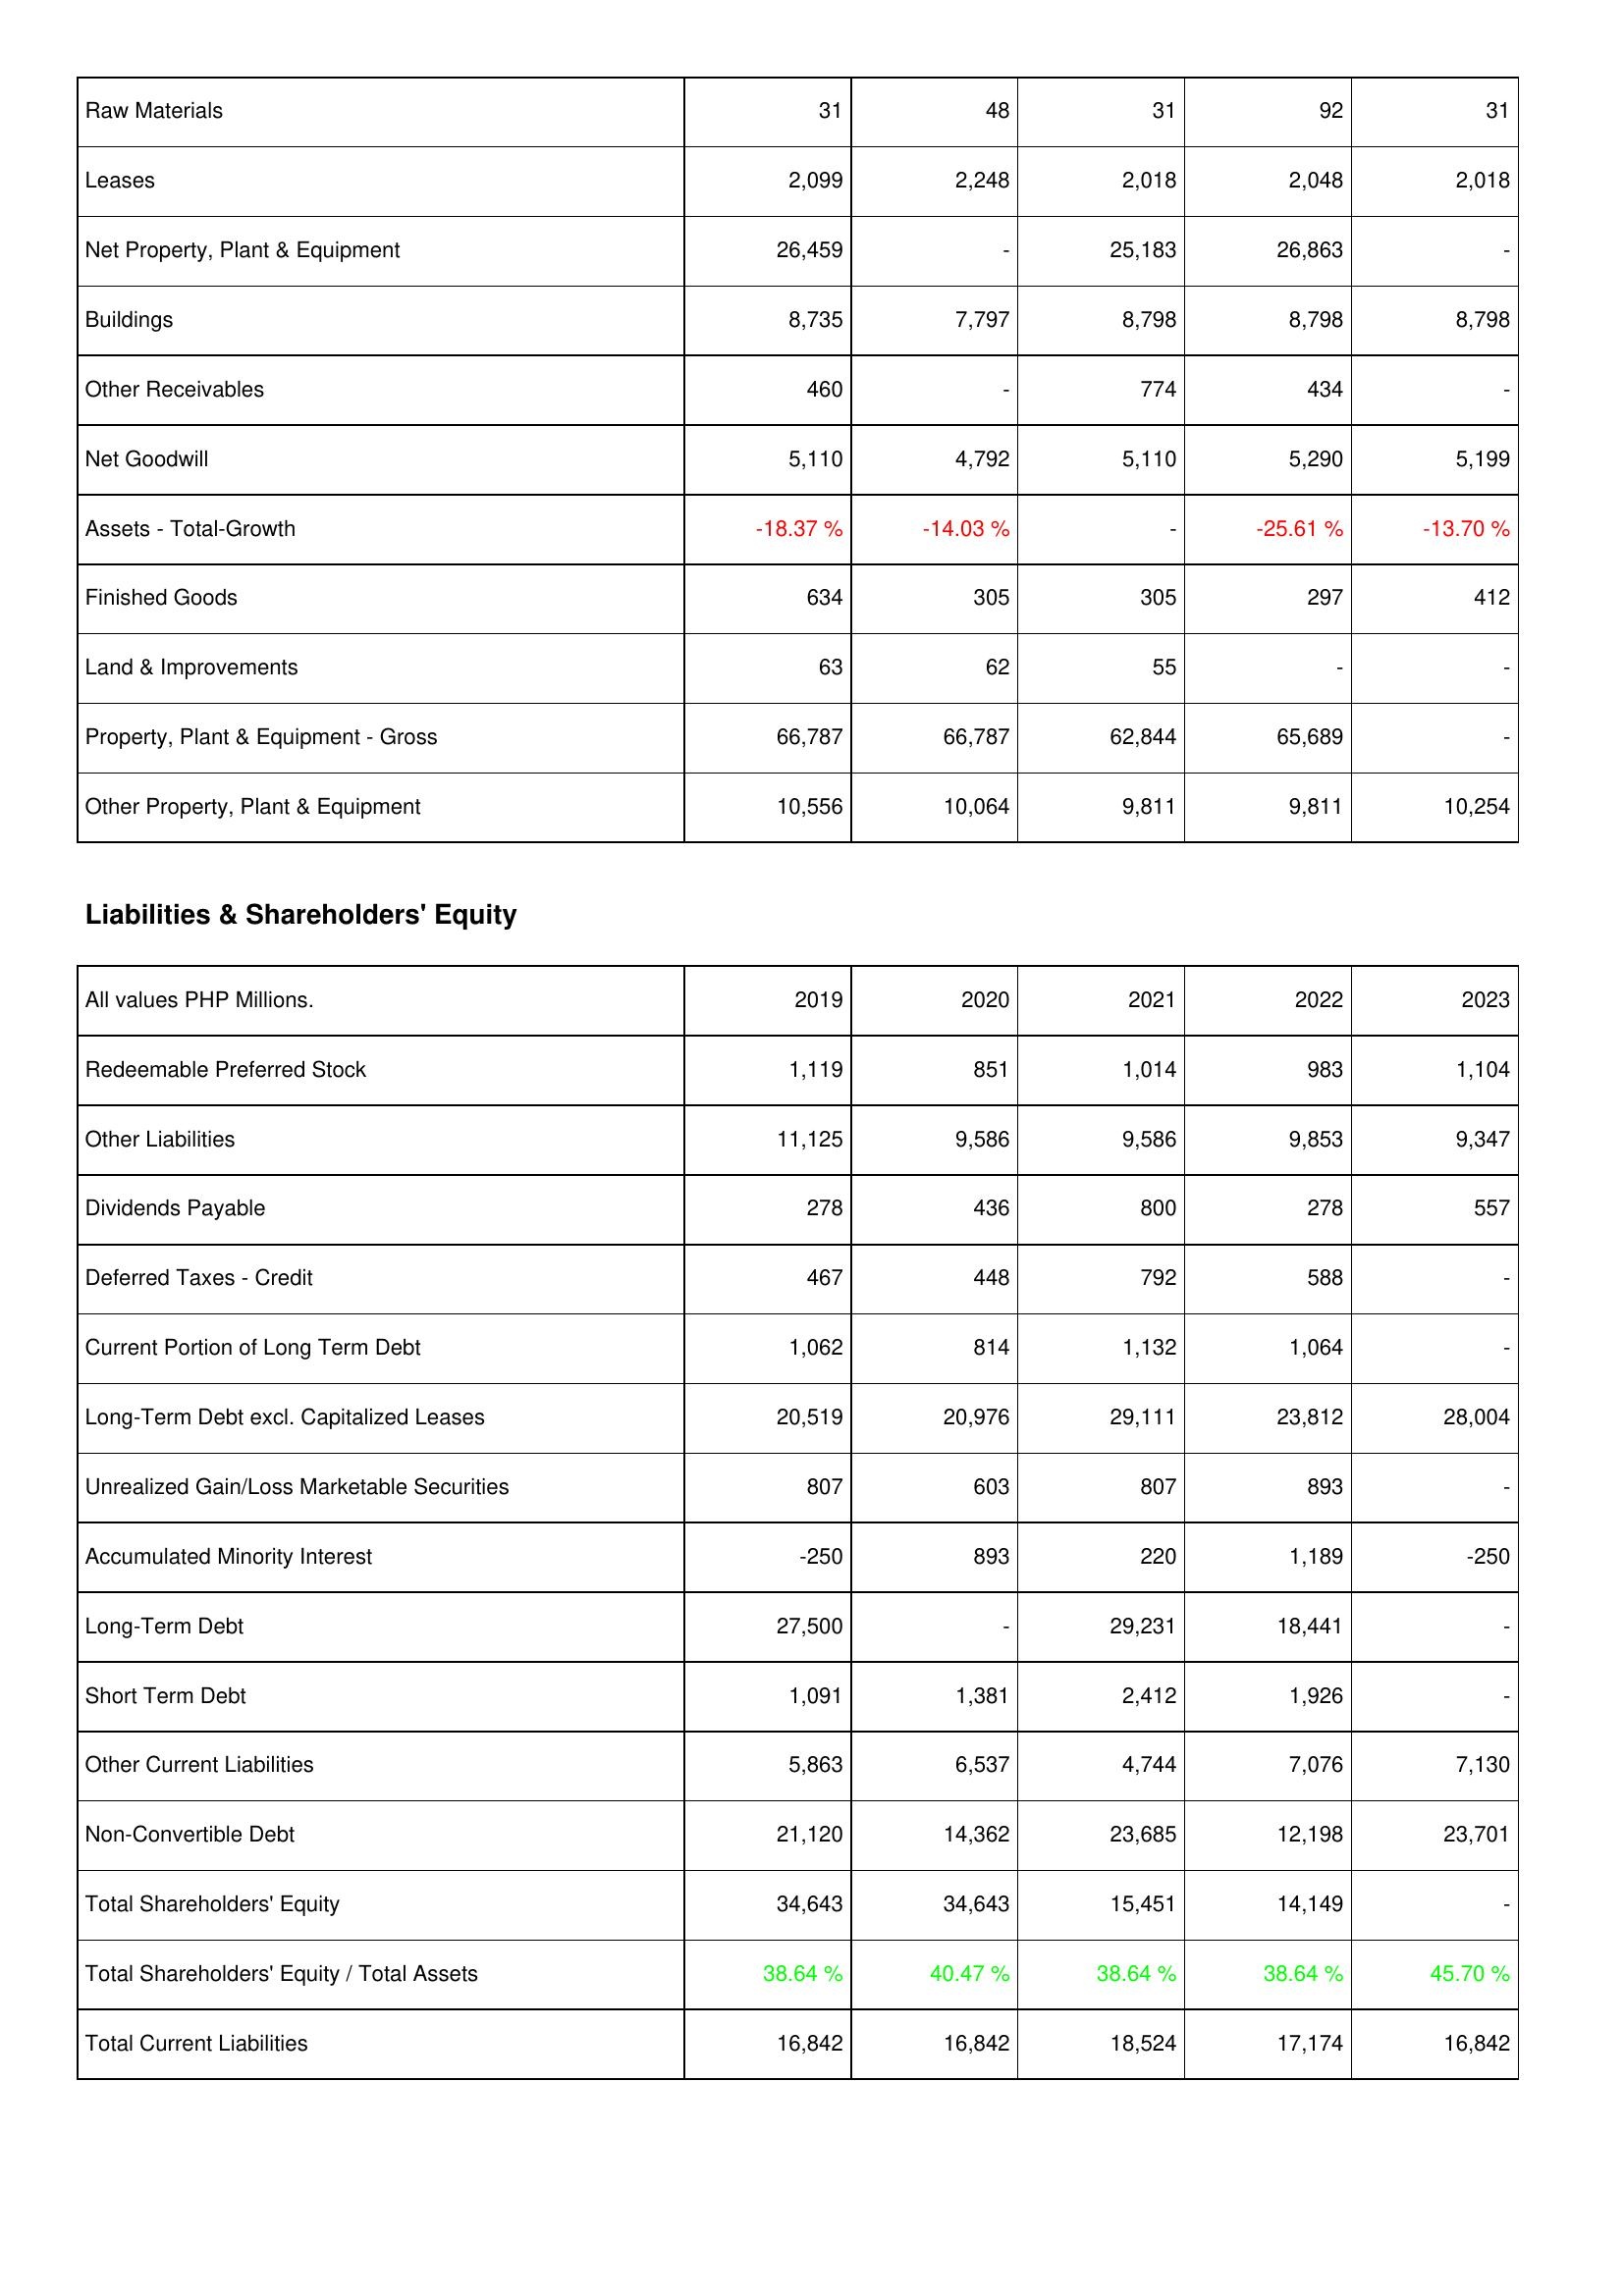
2019: Assets: Raw Materials: 31
Leases: 2,099
Net Property, Plant & Equipment: 26,459
Buildings: 8,735
Other Receivables: 460
Net Goodwill: 5,110
Assets - Total-Growth: -18.37 %
Finished Goods: 634
Land & Improvements: 63
Property, Plant & Equipment - Gross: 66,787
Other Property, Plant & Equipment: 10,556
Liabilities & Shareholders' Equity: Redeemable Preferred Stock: 1,119
Other Liabilities: 11,125
Dividends Payable: 278
Deferred Taxes - Credit: 467
Current Portion of Long Term Debt: 1,062
Long-Term Debt excl. Capitalized Leases: 20,519
Unrealized Gain/Loss Marketable Securities: 807
Accumulated Minority Interest: -250
Long-Term Debt: 27,500
Short Term Debt: 1,091
Other Current Liabilities: 5,863
Non-Convertible Debt: 21,120
Total Shareholders' Equity: 34,643
Total Shareholders' Equity / Total Assets: 38.64 %
Total Current Liabilities: 16,842
2020: Assets: Raw Materials: 48
Leases: 2,248
Net Property, Plant & Equipment: -
Buildings: 7,797
Other Receivables: -
Net Goodwill: 4,792
Assets - Total-Growth: -14.03 %
Finished Goods: 305
Land & Improvements: 62
Property, Plant & Equipment - Gross: 66,787
Other Property, Plant & Equipment: 10,064
Liabilities & Shareholders' Equity: Redeemable Preferred Stock: 851
Other Liabilities: 9,586
Dividends Payable: 436
Deferred Taxes - Credit: 448
Current Portion of Long Term Debt: 814
Long-Term Debt excl. Capitalized Leases: 20,976
Unrealized Gain/Loss Marketable Securities: 603
Accumulated Minority Interest: 893
Long-Term Debt: -
Short Term Debt: 1,381
Other Current Liabilities: 6,537
Non-Convertible Debt: 14,362
Total Shareholders' Equity: 34,643
Total Shareholders' Equity / Total Assets: 40.47 %
Total Current Liabilities: 16,842
2021: Assets: Raw Materials: 31
Leases: 2,018
Net Property, Plant & Equipment: 25,183
Buildings: 8,798
Other Receivables: 774
Net Goodwill: 5,110
Assets - Total-Growth: -
Finished Goods: 305
Land & Improvements: 55
Property, Plant & Equipment - Gross: 62,844
Other Property, Plant & Equipment: 9,811
Liabilities & Shareholders' Equity: Redeemable Preferred Stock: 1,014
Other Liabilities: 9,586
Dividends Payable: 800
Deferred Taxes - Credit: 792
Current Portion of Long Term Debt: 1,132
Long-Term Debt excl. Capitalized Leases: 29,111
Unrealized Gain/Loss Marketable Securities: 807
Accumulated Minority Interest: 220
Long-Term Debt: 29,231
Short Term Debt: 2,412
Other Current Liabilities: 4,744
Non-Convertible Debt: 23,685
Total Shareholders' Equity: 15,451
Total Shareholders' Equity / Total Assets: 38.64 %
Total Current Liabilities: 18,524
2022: Assets: Raw Materials: 92
Leases: 2,048
Net Property, Plant & Equipment: 26,863
Buildings: 8,798
Other Receivables: 434
Net Goodwill: 5,290
Assets - Total-Growth: -25.61 %
Finished Goods: 297
Land & Improvements: -
Property, Plant & Equipment - Gross: 65,689
Other Property, Plant & Equipment: 9,811
Liabilities & Shareholders' Equity: Redeemable Preferred Stock: 983
Other Liabilities: 9,853
Dividends Payable: 278
Deferred Taxes - Credit: 588
Current Portion of Long Term Debt: 1,064
Long-Term Debt excl. Capitalized Leases: 23,812
Unrealized Gain/Loss Marketable Securities: 893
Accumulated Minority Interest: 1,189
Long-Term Debt: 18,441
Short Term Debt: 1,926
Other Current Liabilities: 7,076
Non-Convertible Debt: 12,198
Total Shareholders' Equity: 14,149
Total Shareholders' Equity / Total Assets: 38.64 %
Total Current Liabilities: 17,174
2023: Assets: Raw Materials: 31
Leases: 2,018
Net Property, Plant & Equipment: -
Buildings: 8,798
Other Receivables: -
Net Goodwill: 5,199
Assets - Total-Growth: -13.70 %
Finished Goods: 412
Land & Improvements: -
Property, Plant & Equipment - Gross: -
Other Property, Plant & Equipment: 10,254
Liabilities & Shareholders' Equity: Redeemable Preferred Stock: 1,104
Other Liabilities: 9,347
Dividends Payable: 557
Deferred Taxes - Credit: -
Current Portion of Long Term Debt: -
Long-Term Debt excl. Capitalized Leases: 28,004
Unrealized Gain/Loss Marketable Securities: -
Accumulated Minority Interest: -250
Long-Term Debt: -
Short Term Debt: -
Other Current Liabilities: 7,130
Non-Convertible Debt: 23,701
Total Shareholders' Equity: -
Total Shareholders' Equity / Total Assets: 45.70 %
Total Current Liabilities: 16,842